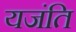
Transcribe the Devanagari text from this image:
यजंति